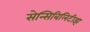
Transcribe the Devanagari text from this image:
सेन्सिबिलिटीझ